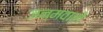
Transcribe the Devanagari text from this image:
जन्मवाले